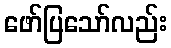
ဖော်ပြသော်လည်း